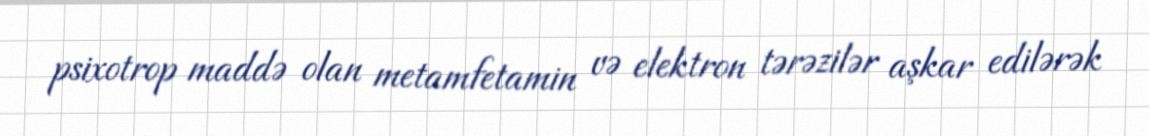
psixotrop maddə olan metamfetamin və elektron tərəzilər aşkar edilərək